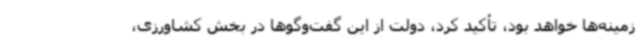
زمینه‌ها خواهد بود، تأکید کرد، دولت از این گفت‌وگوها در بخش کشاورزی،